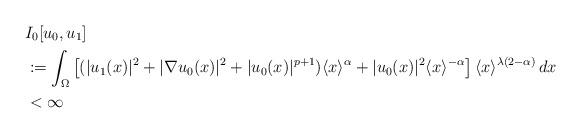
LaTeX: \begin{align*} &I_0[u_0,u_1] \\ &:= \int_{\Omega} \left[ ( |u_1(x)|^2 + |\nabla u_0(x)|^2 + |u_0(x)|^{p+1} ) \langle x \rangle^{\alpha} + |u_0(x)|^2 \langle x \rangle^{-\alpha} \right] \langle x \rangle^{\lambda(2-\alpha)} \,dx \\ &< \infty\end{align*}